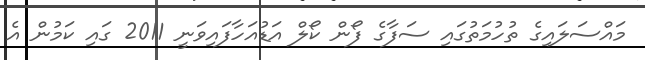
މައްސަލައިގެ ތުހުމަތުގައި ސަފާގެ ފޯން ކޯލް އަޑުއަހާފައިވަނީ 2011 ގައި ކަމުން އެ